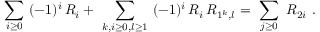
\sum _ { i \geq 0 } \ ( - 1 ) ^ { i } \, R _ { i } + \ \sum _ { k , i \geq 0 , l \geq 1 } \ ( - 1 ) ^ { i } \, R _ { i } \, R _ { 1 ^ { k } , l } = \ \sum _ { j \geq 0 } \ R _ { 2 i } \ .